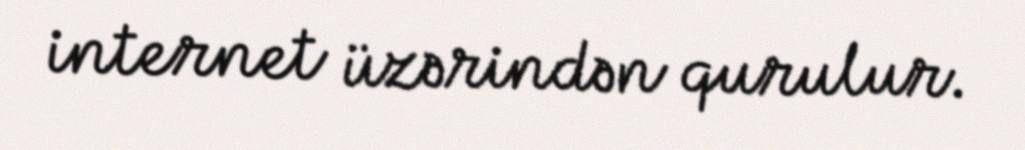
internet üzərindən qurulur.